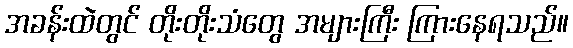
အခန်းထဲတွင် တိုးတိုးသံတွေ အများကြီး ကြားနေရသည်။